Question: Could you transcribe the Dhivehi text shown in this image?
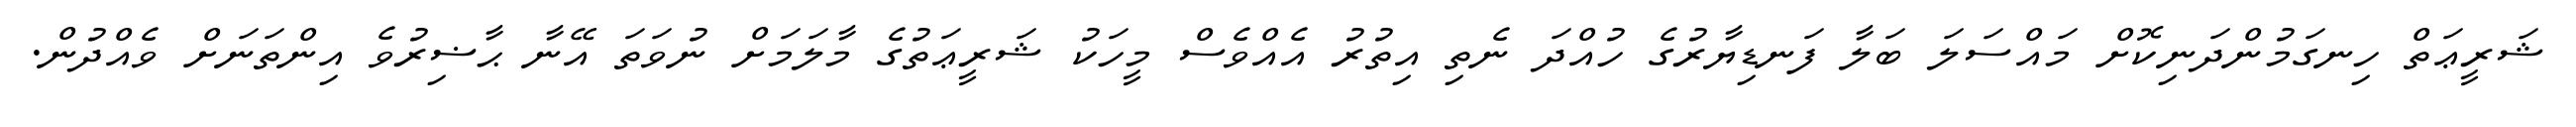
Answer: ޝަރީޢަތް ހިނގަމުންދަނިކޮށް މައްސަލަ ބަލާ ފަނޑިޔާރުގެ ހުއްދަ ނެތި އިތުރު އެއްވެސް މީހަކު ޝަރީޢަތުގެ މާލަމަށް ނުވަތަ އޭނާ ޙާޟިރުވެ އިންތަނަށް ވެއްދުން.